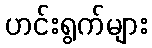
ဟင်းရွက်များ